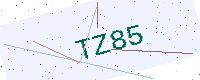
Text: TZ85